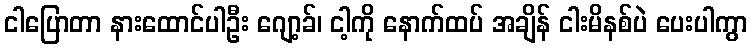
ငါပြောတာ နားထောင်ပါဦး ဂျော့ခ်၊ ငါ့ကို နောက်ထပ် အချိန် ငါးမိနစ်ပဲ ပေးပါကွာ